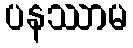
ပနဿာမ